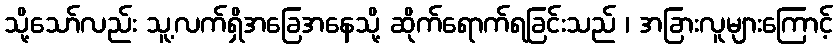
သို့သော်လည်း သူ့လက်ရှိအခြေအနေသို့ ဆိုက်ရောက်ရခြင်းသည် ၊ အခြားလူများကြောင့်